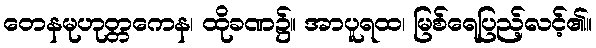
တေနမုဟုတ္တကေန၊ ထိုခဏ၌။ အာပူရထ၊ မြစ်ရေပြည့်လင့်၏။